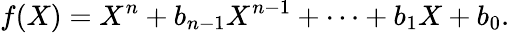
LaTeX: f(X)=X^{n}+b_{n-1}X^{n-1}+\cdots+b_{1}X+b_{0}.